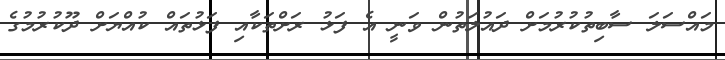
މައްސަލަ ސާބިތުކުރުމަށް ދައުލަތުން ވަނީ އެ ފަޅު ރަށްތަކާއި ފަޅުތައް ކުއްޔަށް ދޫކުރުމުގެ